Vaccination in the Punjab 1897-1904 - 1897-1904
Year: 1897
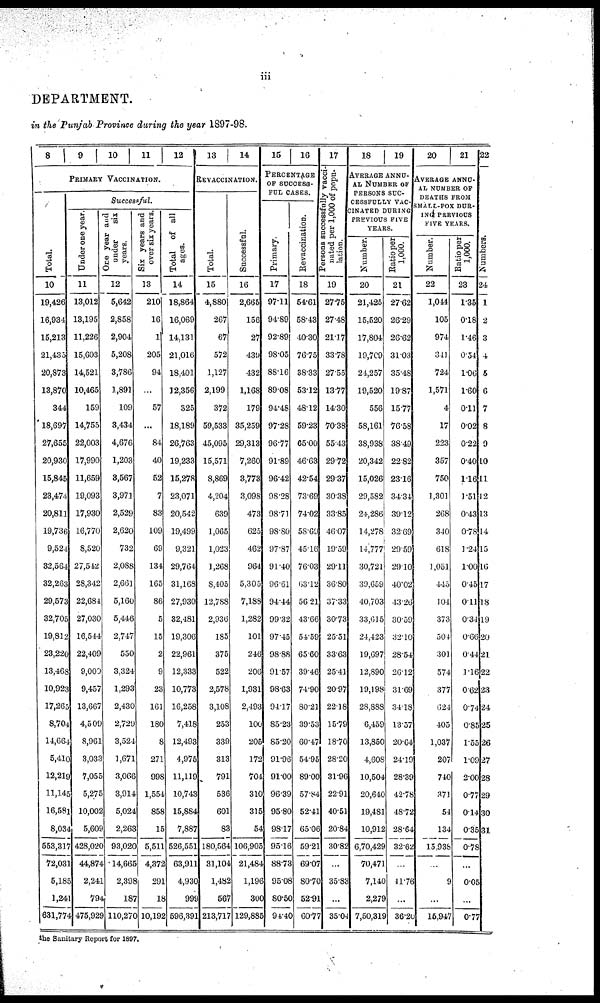
iii
DEPARTMENT.
in the Punjab Province during the year 1897-98.
8
9
10
11
12
PRIMARY VACCINATION.
Total.
10
19,426
16,934
15,213
21,435
20,873
13,870
344
18,697
27,655
20,930
15,845
23,474
20,811
19,736
9,524
32,564
32,263
29,573
32,705
19,812
23,220
13,468
10,923
17,265
8,704
14,664
5,410
12,219
11,145
16,581
8,034
553,317
72,031
5,185
1,241
631,774
Successful.
Under one year.
11
13,012
13,195
11,226
15,603
14,521
10,465
159
14,755
22,003
17,990
11,659
19,093
17,930
16,770
8,520
27,542
28,342
22,684
27,030
16,544
22,409
9,000
9,457
13,667
4,509
8,961
3,033
7,055
5,275
10,002
5,609
428,020
44,874
2,241
794
475,929
One year and
under
six
years.
12
5,642
2,858
2,904
5,208
3,786
1,891
109
3,434
4,676
1,203
8,567
3,971
2,529
2,620
732
2,088
2,661
5,160
5,446
2,747
550
3,324
1,293
2,430
2,729
3,524
1,671
3,066
3,914
5,024
2,263
93,020
14,665
2,398
187
110,270
Six years and
over six years.
13
210
16
1
205
94
...
57
...
84
40
52
7
83
109
69
134
165
86
5
15
2
9
23
161
180
8
271
998
1,554
858
15
5,511
4,372
291
18
10,192
Total of all
ages.
14
18,864
16,069
14,131
21,016
18,401
12,356
325
18,189
26,763
19,233
15,278
23,071
20,542
19,499
9,321
29,764
31,168
27,930
32,481
19,306
22,961
12,333
10,773
16,258
7,418
12,493
4,975
11,119
10,743
15,884
7,887
526,551
63,911
4,930
999
596,391
13
14
REVACCINATION.
Total.
15
4,880
267
67
572
1,127
2,199
372
59,533
45,095
15,571
8,869
4,204
639
1,065
1,023
1,268
8,405
12,788
2,936
185
375
522
2,578
3,108
253
339
313
791
536
601
83
180,564
31,104
1,482
567
213,717
Successful.
16
2,665
156
27
439
432
1,168
179
35,259
29,313
7,260
3,773
3,098
473
625
462
964
5,305
7,188
1,282
101
246
206
1,931
2,493
100
205
172
704
310
315
54
106,905
21,484
1,196
300
129,885
15
16
PERCENTAGE
OF SUCCESS-
FUL CASES.
Primary.
17
97.11
94.89
92.89
98.05
88.16
89.08
94.48
97.28
96.77
91.89
96.42
98.28
98.71
98.80
97.87
91.40
96.61
94.44
99.32
97.45
98.88
91.57
98.63
94.17
85.23
85.20
91.96
91.00
96.39
95.80
98.17
95.16
88.73
95.08
80.50
94.40
Revaccination.
18
54.61
58.43
40.30
76.75
38.33
53.12
48.12
59.23
65.00
46.63
42.54
73.69
74.02
58.69
45.16
76.03
63.12
56.21
43.66
54.59
65.60
39.46
74.90
80.21
39.53
60.47
54.95
89.00
57.84
52.41
65.06
59.21
69.07
80.70
52.91
60.77
17
Persons successfully vacci-
nated per 1,000 of popu-
lation.
19
27.75
27.48
21.17
33.78
27.55
13.77
14.30
70.38
55.43
29.72
29.37
30.38
33.85
46.07
19.59
29.11
36.80
37.33
30.73
25.51
33.63
25.41
20.97
22.18
15.79
18.70
28.20
31.96
22.91
40.51
20.84
30.82
...
35.83
...
35.04
18
19
AVERAGE ANNU-
AL NUMBER OF
PERSONS SUC-
CESSFULLY VAC-
CINATED DURING
PREVIOUS FIVE
YEARS.
Number.
20
21,425
15,520
17,804
19,709
24,257
19,520
556
58,161
38,938
20,342
15,026
29,582
24,286
14,278
14,777
30,721
39,659
40,703
33,615
24,423
19,697
12,890
19,198
28,888
6,459
13,850
4,608
10,504
20,640
19,481
10,912
6,70,429
70,471
7,140
2,279
7,50,319
Ratio per
1,000.
21
27.62
26.29
26.62
31.03
35.48
19.87
15.77
76.58
38.49
22.82
23.16
34.34
39.12
32.69
29.59
29.10
40.02
43.26
30.59
32.10
28.54
26.12
31.69
34.18
13.57
20.64
24.19
28.39
42.78
48.72
28.64
32.62
...
41.76
...
36.20
20
21
AVERAGE ANNU-
AL NUMBER OF
DEATHS FROM
SMALL-POX DUR-
ING PREVIOUS
FIVE YEARS.
Number.
22
1,044
105
974
341
724
1,571
4
17
223
357
750
1,301
268
340
618
1,051
445
104
373
504
301
574
377
624
405
1,037
207
740
371
54
134
15,938
...
9
...
15,947
Ratio per
1,000.
23
1.35
0.18
1.46
0.54
1.06
1.60
0.11
0.02
0.22
0.40
1.16
1.51
0.43
0.78
1.24
1.00
0.45
0.11
0.34
0.66
0.44
1.16
0.62
0.74
0.85
1.55
1.09
2.00
0.77
0.14
0.35
0.78
...
0.05
...
0.77
22
Numbers.
24
1
2
3
4
5
6
7
8
9
10
11
12
13
14
15
16
17
18
19
20
21
22
23
24
25
26
27
28
29
30
31
the Sanitary Report for 1897.